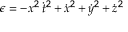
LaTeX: \scriptstyle \epsilon \; = \; - x ^ { 2 } \, { \dot { t } } ^ { 2 } \, + \, { \dot { x } } ^ { 2 } \, + \, { \dot { y } } ^ { 2 } \, + \, { \dot { z } } ^ { 2 }